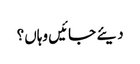
دیئے جائیں وہاں؟